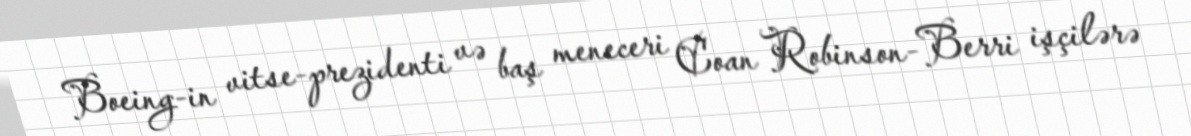
Boeing-in vitse-prezidenti və baş meneceri Coan Robinson-Berri işçilərə